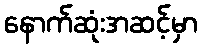
နောက်ဆုံးအဆင့်မှာ